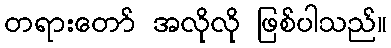
တရားတော် အလိုလို ဖြစ်ပါသည်။